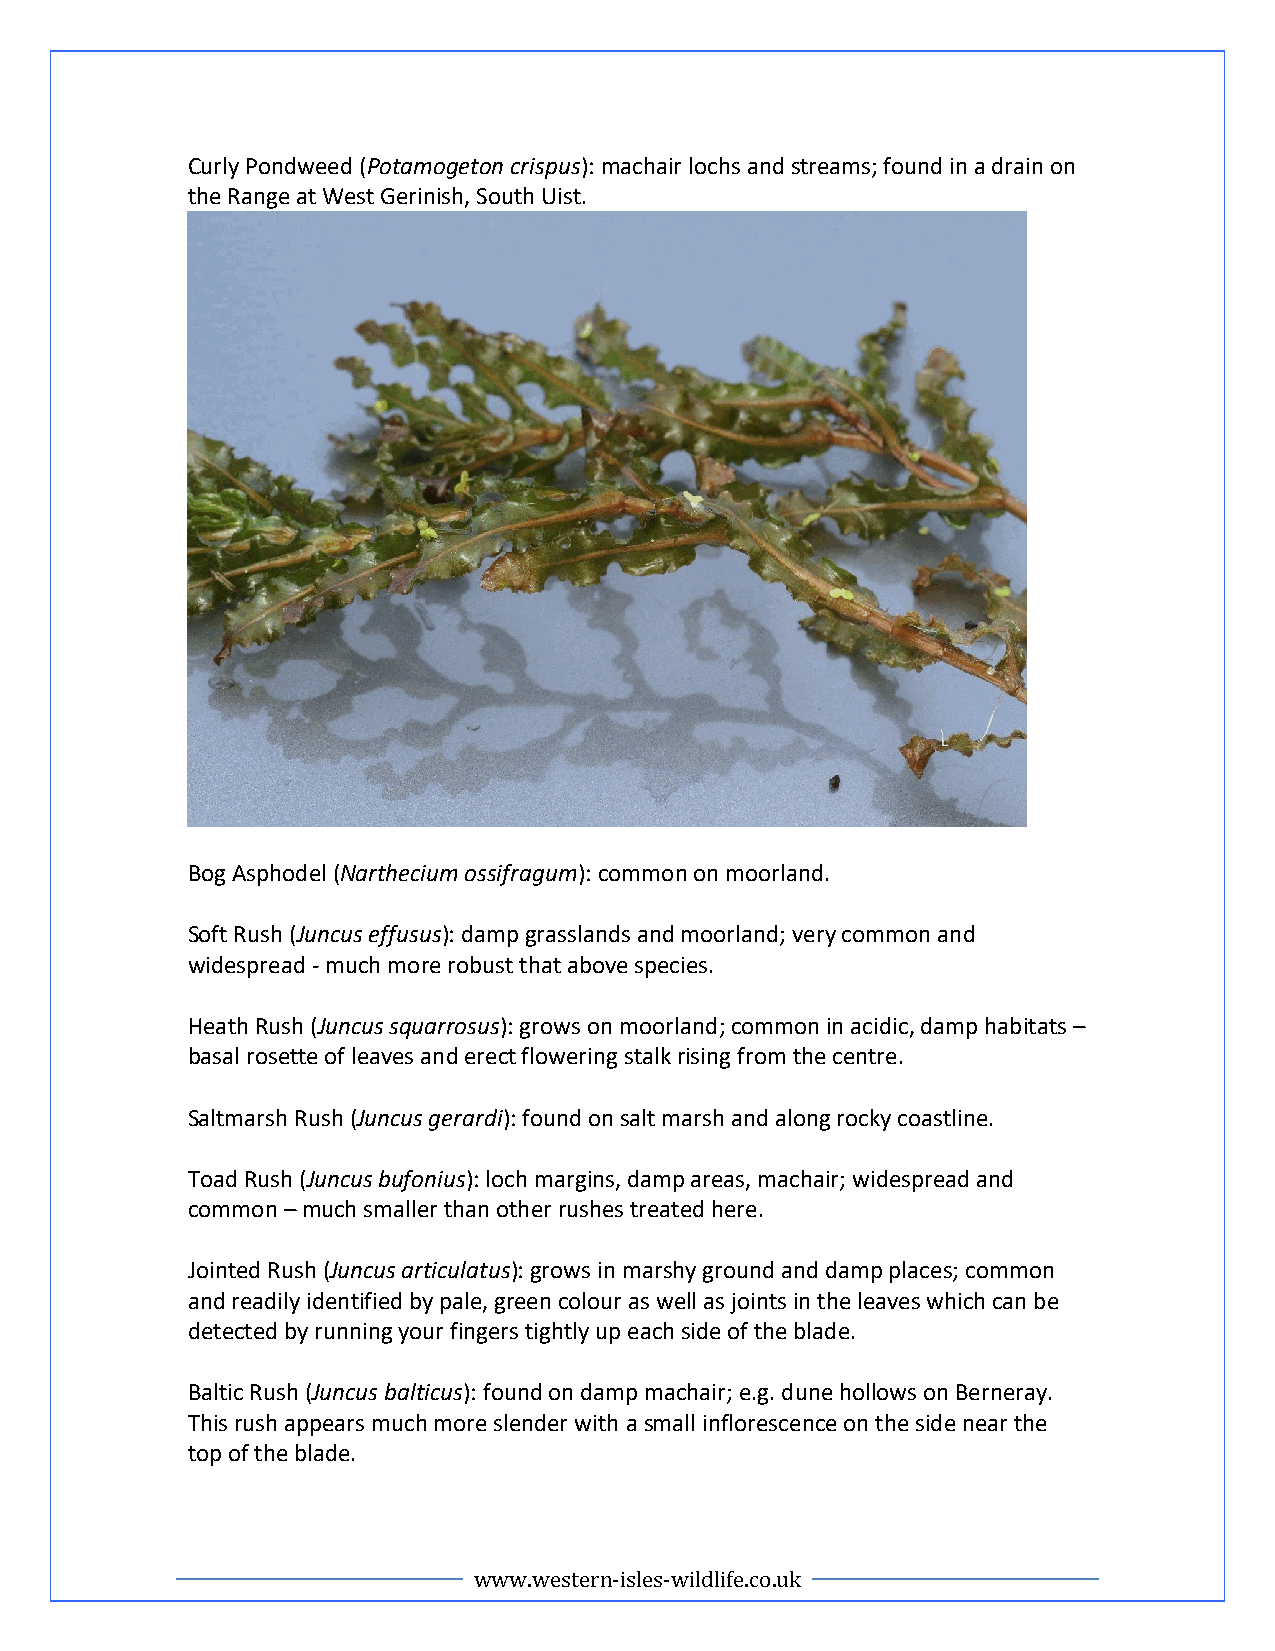
Curly Pondweed (Potamogeton crispus): machair lochs and streams; found in a drain on
 the Range at West Gerinish, South Uist.
 Bog Asphodel (Narthecium ossifragum): common on moorland.
 Soft Rush (Juncus effusus): damp grasslands and moorland; very common and
 widespread - much more robust that above species.
 Heath Rush (Juncus squarrosus): grows on moorland; common in acidic, damp habitats –
 basal rosette of leaves and erect flowering stalk rising from the centre.
 Saltmarsh Rush (Juncus gerardi): found on salt marsh and along rocky coastline.
 Toad Rush (Juncus bufonius): loch margins, damp areas, machair; widespread and
 common – much smaller than other rushes treated here.
 Jointed Rush (Juncus articulatus): grows in marshy ground and damp places; common
 and readily identified by pale, green colour as well as joints in the leaves which can be
 detected by running your fingers tightly up each side of the blade.
 Baltic Rush (Juncus balticus): found on damp machair; e.g. dune hollows on Berneray.
 This rush appears much more slender with a small inflorescence on the side near the
 top of the blade.
 www.western-isles-wildlife.co.uk